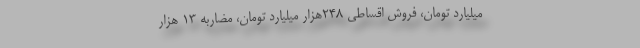
میلیارد تومان، فروش اقساطی 248هزار میلیارد تومان، مضاربه 13 هزار